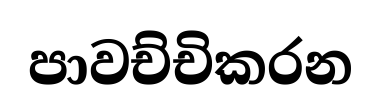
පාවච්චිකරන